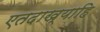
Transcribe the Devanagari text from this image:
एतदाख्याहि